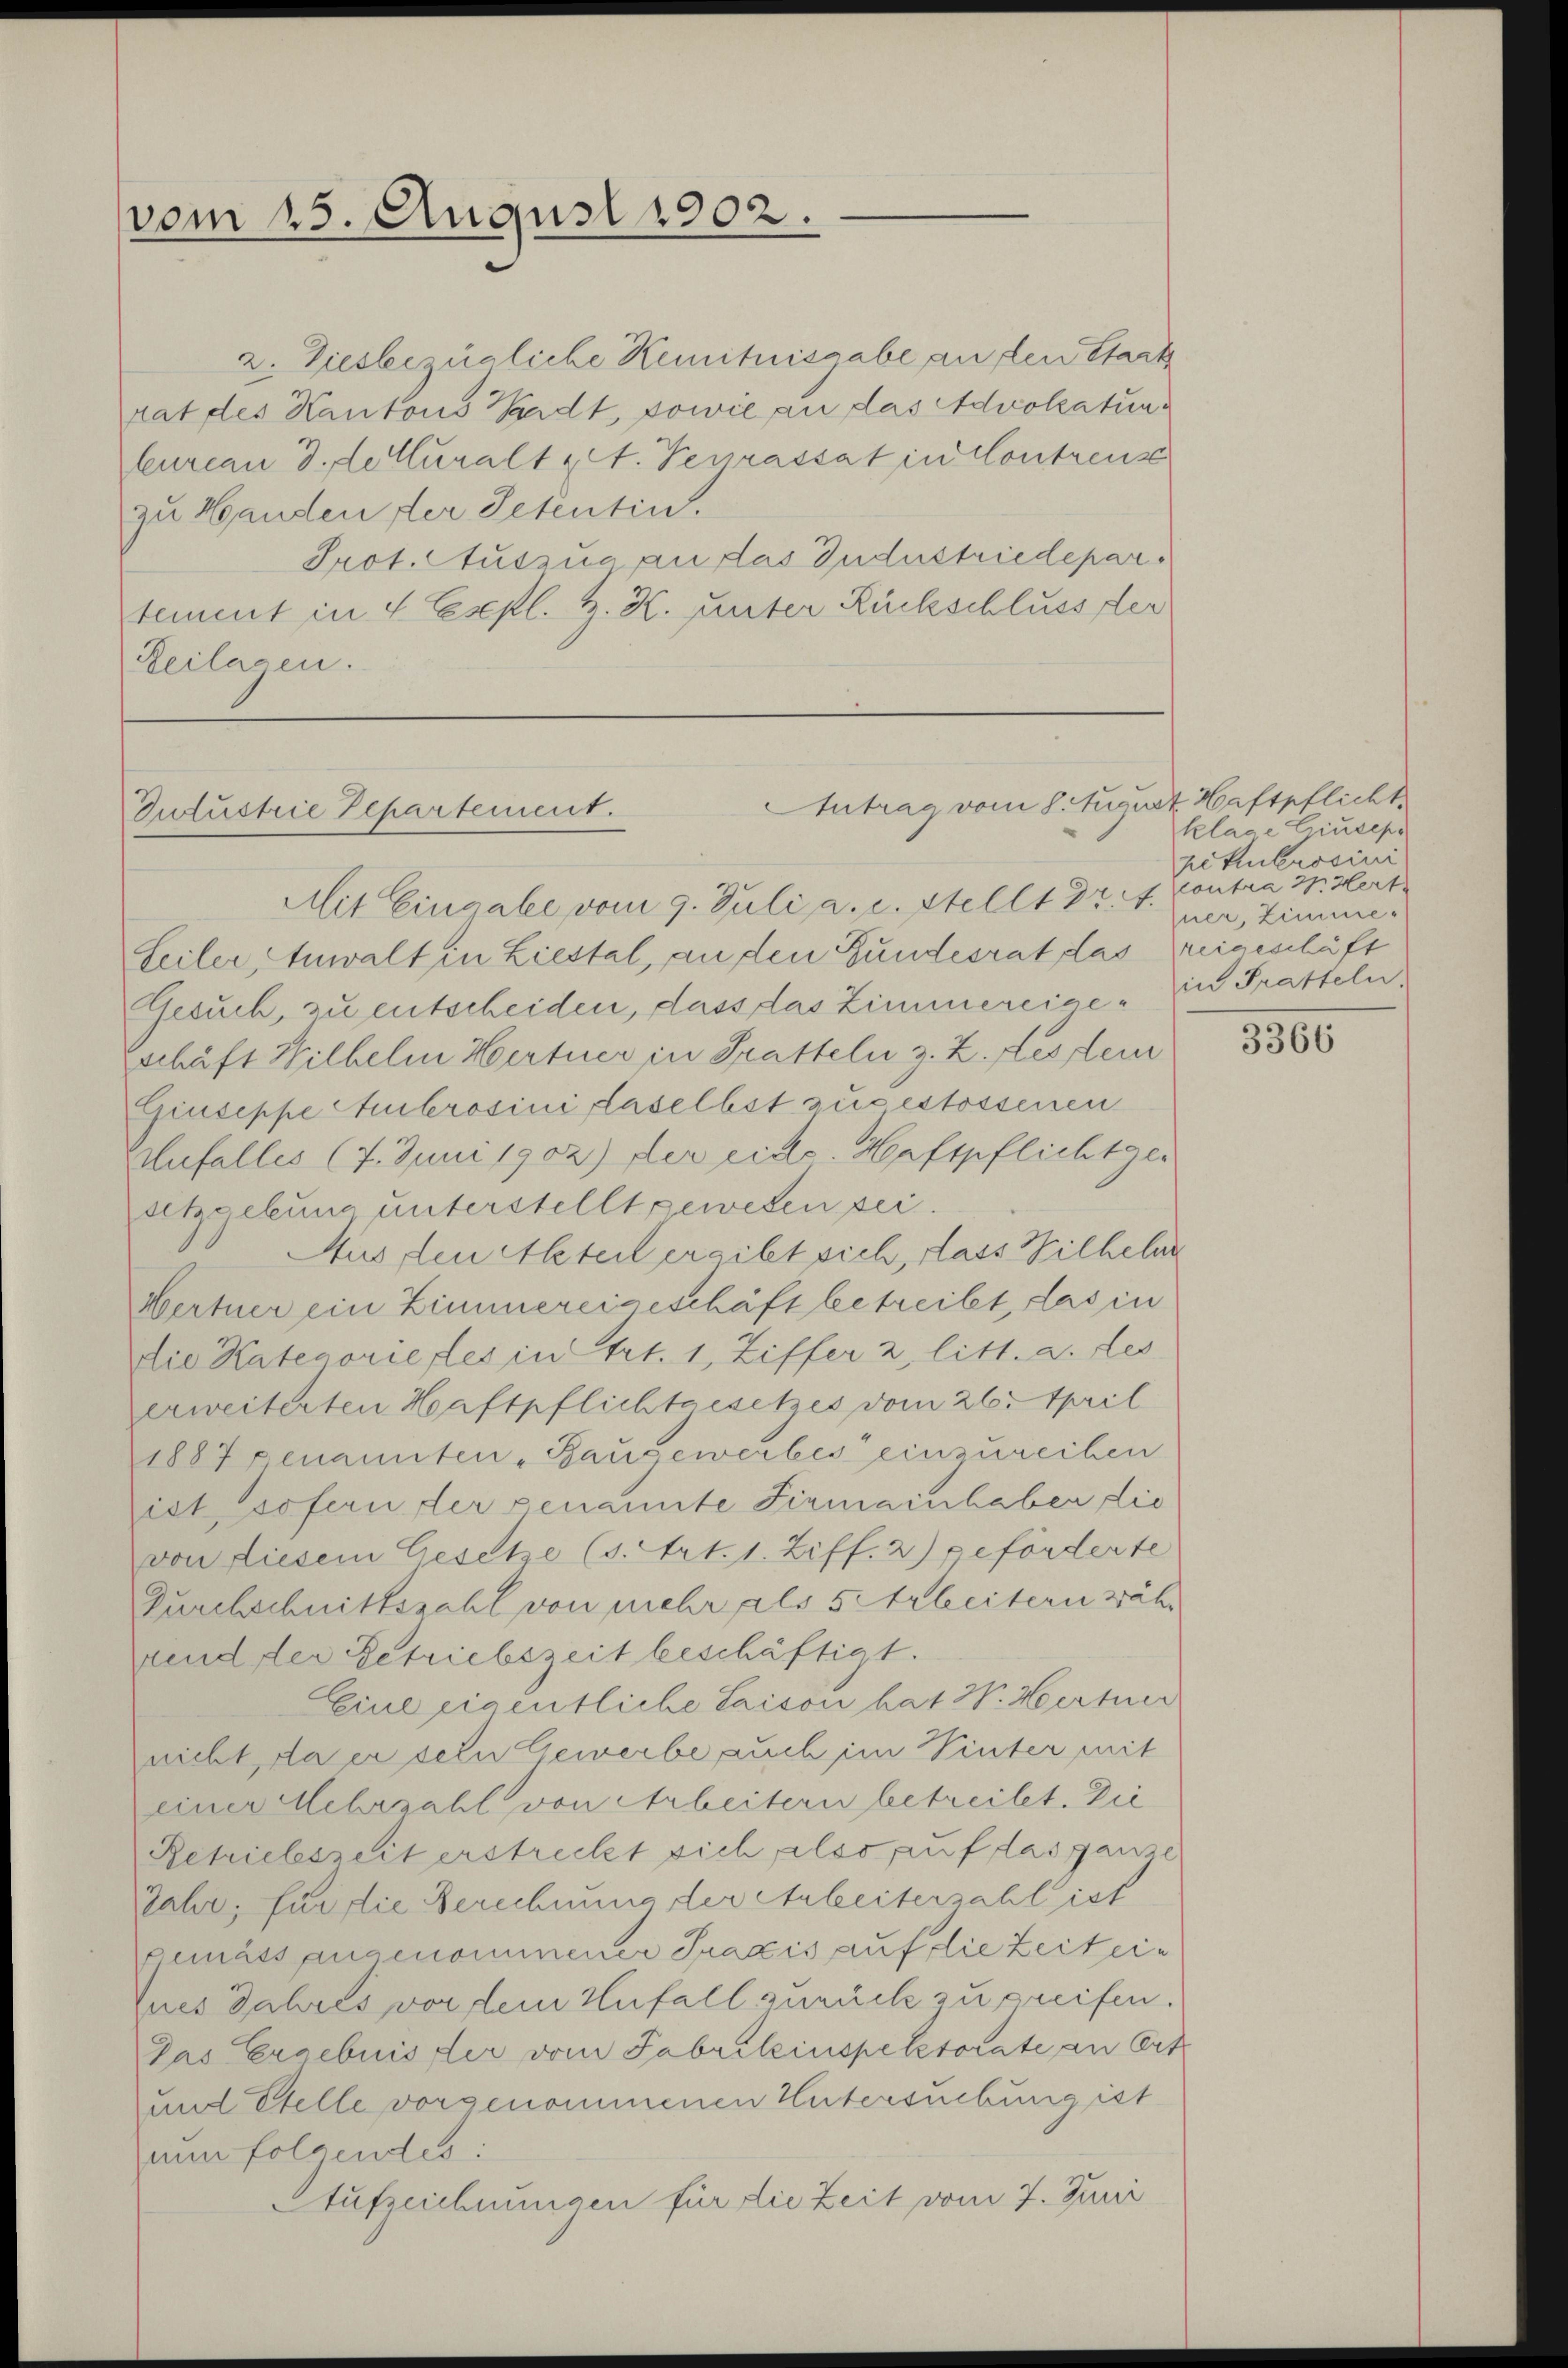
vom 15. August 1902.

2. Diesbezügliche Kemnitnisgabe an den Stark
rat des Kantons Waadt, sowie an das Advokatur¬
Cureau d. detturalt zet. Vegrassat in Contreuse
zu Handen der Petentin.
Prot. Auszug an das Industriedepartement in 4 Espl. Z. K. unter Rückschluss der
Reilagen.

Antrag vom 8. August Haftpflicht
Zofustrie Repartement.

Mit Eingabe vom 9. Juli a. c. Stellt Dr. A. Contra 3. Hert
Leiler Anwalt in Liestal, an den Bundesrat das eigeschäft
Gesuch, zu entscheiden, dass das Zimmereige in Pratteln,
schäft Hilhelm Hertner in Tratteln z. Z. des dem
Giuseppe Ambrosini daselbst zugestossenen
Aufalles (7. Juni 1902) der eide. Haftpflichtge-
setzgebung unterstellt gewesen sei.
Aus den Abteil ergibt sich, dass Wilhelm
Hertner ein Zimmereigeschäft betreibt, das in
die Kategorie des in Art. 1, Ziffer 2, litt. a. des
erweiterten Haftpflichtgesetzes vom 26. April
1887 genannten Baugewerbes einzureihen
ist, sofern der genannte Firmainhaben die
von diesem Gesetze (s. Art. 1. Ziff. 2) geförderte
Durchschnittszahl von mehr als 5 Arbeitern währ
rend der Getriebszeit beschäftigt.
Eine eigentliche Saison hat W. Herte
nicht, da er sein Gewerbe auch im Winter mit
einer Mehrzahl von Arbeitern betreitet. Die
Retriebeszeit erstreckt sich also auf das ganze
Jahr, für die Berechnung der Arbeiterzahl ist
gemäss angenommener Praxis auf die Zeit ein
Dues Jahres vor dem Unfall zurück zu greifen.
Das Ergebnis der vom Fabrikinspektorate an Ort
und Stelle vorgenommenen Untersuchung ist
num folgendes:
Aufzeichnungen für die Zeit vom 7. Juni

klage Giusepo
pikukrosiui
sner, Zimme

3366